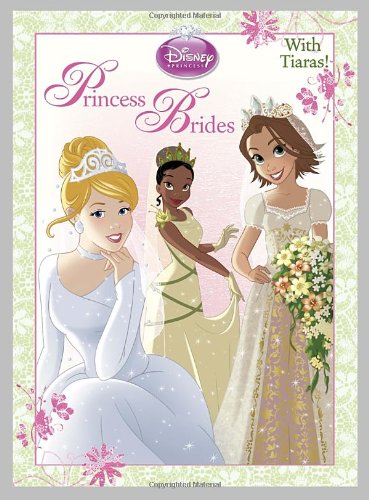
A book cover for Princess Brides (Disney Princess) (Color Plus Card Stock); RH Disney; Children's Books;